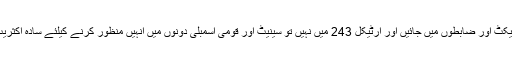
اٹارنی جنرل کے مطابق اگر حکومت نے یہ نتیجہ اخذ کیا کہ ترامیم صرف آرمی ایکٹ اور ضابطوں میں جائیں اور آرٹیکل 243 میں نہیں تو سینیٹ اور قومی اسمبلی دونوں میں انہیں منظور کرنے کیلئے سادہ اکثریت کافی ہوگی تاہم آئینی ترمیم کی منظوری کیلئے دو تہائی اکثریت ضروری ہوگی۔